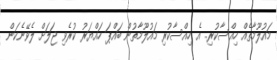
މައުލޫމާތެއް ހިއްސާކުރި.. އެ ހިއްސާކުރި މައުލޫމާތުން ބައްޕަ ހައްޔަރު ކުރެވި ޖަލަށް ލެވޭނެކަން